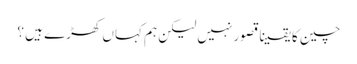
چین کا یقینا قصور نہیں لیکن ہم کہاں کھڑے ہیں ؟